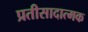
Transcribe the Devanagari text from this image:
प्रतीसादात्मक